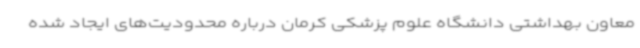
معاون بهداشتی دانشگاه علوم پزشکی کرمان درباره محدودیت‌های ایجاد شده